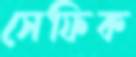
সেফিক